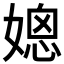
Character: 𰌒